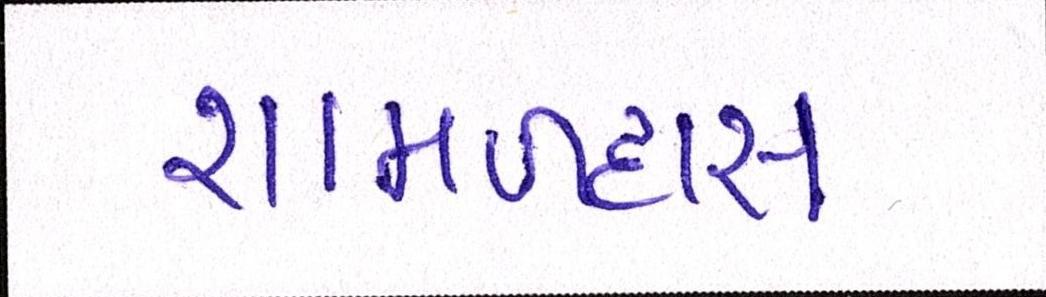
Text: શામળદાસ